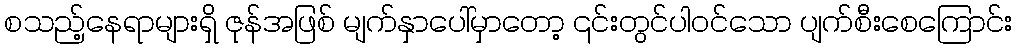
စသည့်နေရာများရှိ ဇုန်အဖြစ် မျက်နှာပေါ်မှာတော့ ၎င်းတွင်ပါဝင်သော ပျက်စီးစေကြောင်း